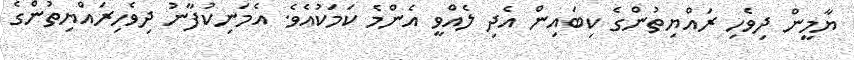
ޔާމީން ދިވެހި ރައްޔިތުންގެ ކިބައިން އެދި ލެއްވީ އެންމެ ކަމަކުއެވެ. އެމަނިކުފާނު ދިވެހިރައްޔިތުންގެ